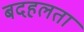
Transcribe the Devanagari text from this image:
बदहलता